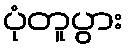
ပုံတူပွား